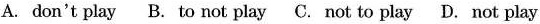
A.don't play B.to not play C.not to play D.not play